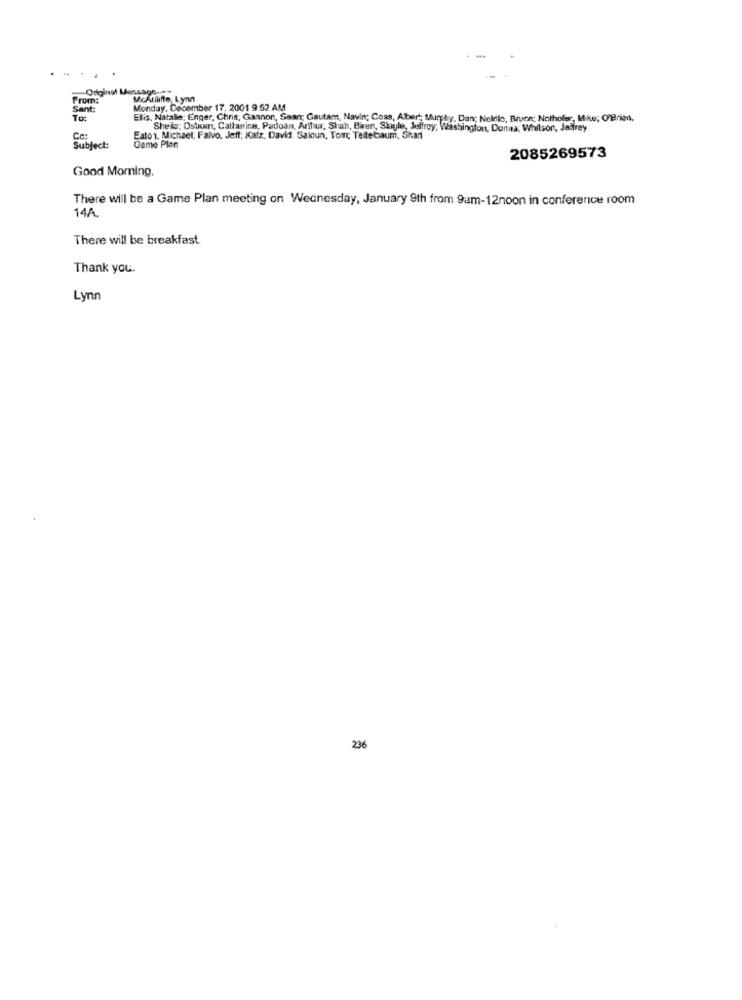
Original Message-
From:
MicAttlifte, Lynn
Sant:
Monday, December 17, 2001 9:52 AM
To:
Elis, Natalie; Enger, Chris, Gannon, Saan; Gautam, Navin; Coss, Albert; Murphy, Dan; Nelrilo, Bruon; Nothofer, Mike; O'Brien,
Sheis: Ostim, Catherine, Padoan, Arthur, Stah, Bien, Style, Julfroy; Washington, Donna; Whilson, Jaffrey
Eaton. Michael, Falvo, Jeff; Katz, David: Saloun, Tom; Teltebaum, Shan
Subject:
Game Plan
2085269573
Good Morning.
There will be a Game Plan meeting on Wednesday, January 9th from 9am-12noon in conference room
14A.
There will be breakfast.
Thank you.
Lynn
236